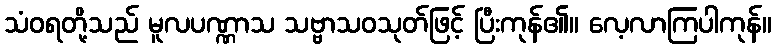
သံဝရတို့သည် မူလပဏ္ဏာသ သဗ္ဗာသဝသုတ်ဖြင့် ပြီးကုန်၏။ လေ့လာကြပါကုန်။